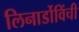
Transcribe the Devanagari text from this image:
लिनार्डोविंची